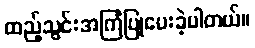
ထည့်သွင်းအကြံပြုပေးခဲ့ပါတယ်။